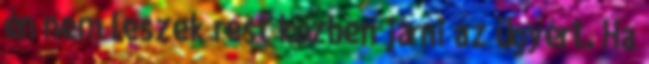
én nem leszek rest közben járni az ügyért. Ha